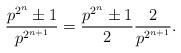
LaTeX: \begin{align*}\frac{p^{2^n} \pm 1}{p^{2^{n+1}}} = \frac{p^{2^n} \pm 1}2 \frac2{p^{2^{n+1}}}.\end{align*}